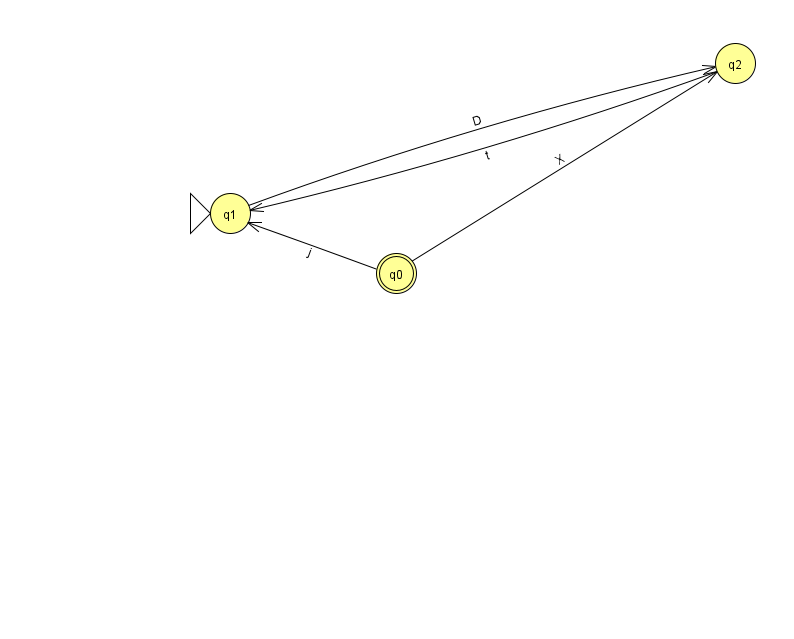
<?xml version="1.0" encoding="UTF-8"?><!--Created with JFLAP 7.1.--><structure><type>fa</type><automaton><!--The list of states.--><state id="0" name="q0"><x>396.0</x><y>260.0</y><final/></state><state id="1" name="q1"><x>230.0</x><y>200.0</y><initial/></state><state id="2" name="q2"><x>735.0</x><y>50.0</y></state><!--The list of transitions.--><transition><from>1</from><to>2</to><read>D</read></transition><transition><from>2</from><to>1</to><read>t</read></transition><transition><from>0</from><to>1</to><read>j</read></transition><transition><from>0</from><to>2</to><read>X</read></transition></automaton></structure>